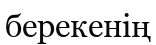
берекенің